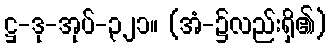
ဋ္ဌ-ဒု-အုပ်-၃၂၁။ (အံ-၌လည်းရှိ၏)